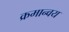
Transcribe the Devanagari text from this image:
क्रमान्वय